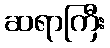
ဆရာကြီး